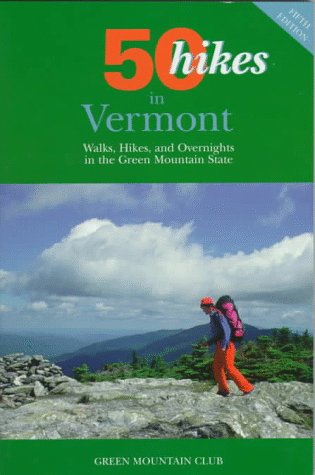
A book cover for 50 Hikes in Vermont: Walks, Hikes, and Overnights in the Green Mountain State (50 Hikes in Louisiana: Walks, Hikes, & Backpacks in the Bayou State); Mary Deaett; Travel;